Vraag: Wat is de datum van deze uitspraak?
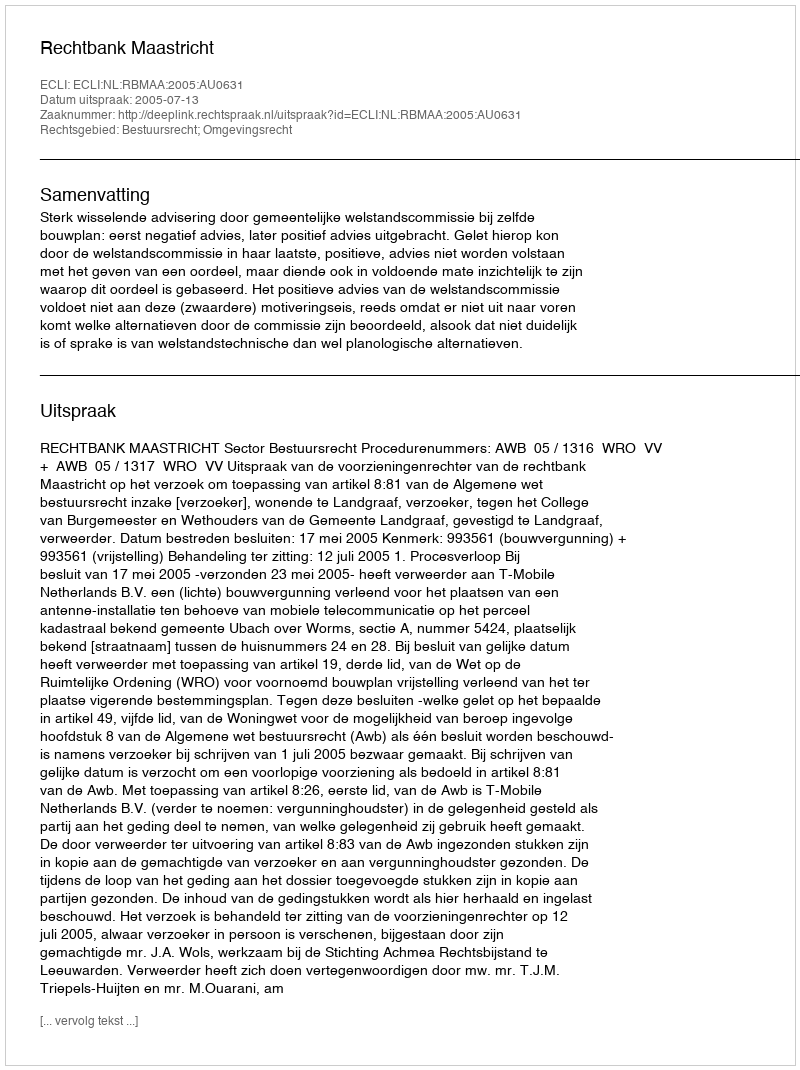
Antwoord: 2005-07-13